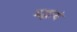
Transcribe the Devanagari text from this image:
मद्भावं